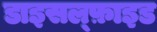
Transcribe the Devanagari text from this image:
डाइसल्फ़ाइ़ड